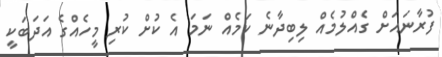
ފުރާނައަށް ގެއްލުމެއް ލިބިދާނެ ކަމެއް ނަމަ އެ ކުށް ކުރި މީހެއްގެ އަދަބަކީ